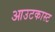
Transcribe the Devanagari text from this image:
आउटकास्ट